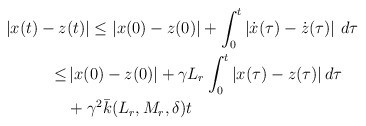
\begin{align*}\begin{aligned}|x(t)-z&(t)| \le |x(0)-z(0)|+\int_0^t \left| \dot{x}(\tau)-\dot{z}(\tau) \right| \,d\tau\\\le &\, |x(0)-z(0)|+ \gamma L_r \int_0^t |x(\tau)-z(\tau)| \,d\tau\\&+ \gamma^2 \bar k(L_r,M_r, \delta) t\end{aligned}\end{align*}